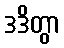
ဒဒိတွာ